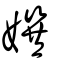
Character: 𡢀